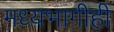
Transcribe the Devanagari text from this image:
मध्यभागीही